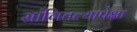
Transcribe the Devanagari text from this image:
सांगितल्यापेक्षा